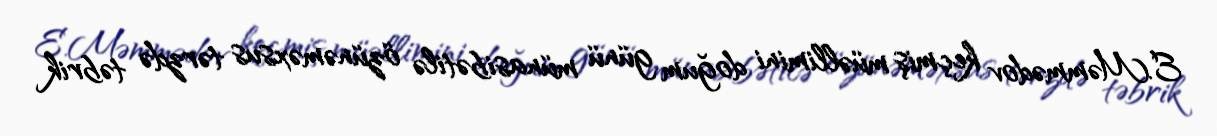
E.Məmmədov keçmiş müəllimini doğum günü münasibətilə özünəməxsus tərzdə təbrik